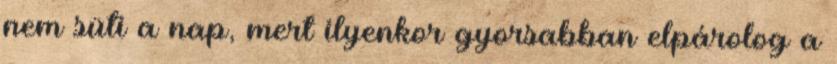
nem süti a nap, mert ilyenkor gyorsabban elpárolog a